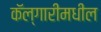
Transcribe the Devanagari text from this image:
कॅल्गारीमधील